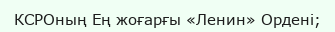
КСРОның Ең жоғарғы «Ленин» Ордені;